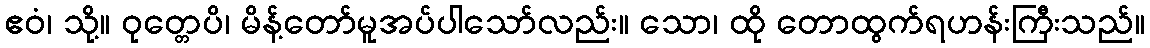
ဧဝံ၊ သို့။ ဝုတ္တေပိ၊ မိန့်တော်မူအပ်ပါသော်လည်း။ သော၊ ထို တောထွက်ရဟန်းကြီးသည်။